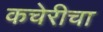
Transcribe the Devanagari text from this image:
कचेरीचा